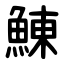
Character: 鯟